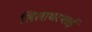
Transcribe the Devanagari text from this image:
लिलाधरभाई